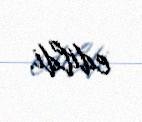
edildi.